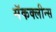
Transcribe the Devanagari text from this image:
मॅकक्लीन्स